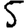
Digit: 5